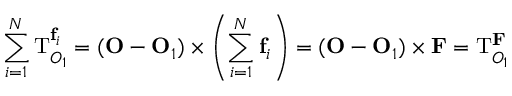
\sum _ { i = 1 } ^ { N } \mathbf { \mathrm { T } } _ { O _ { 1 } } ^ { \mathbf { f } _ { i } } = ( \mathbf { O } - \mathbf { O } _ { 1 } ) \times \left( \sum _ { i = 1 } ^ { N } \mathbf { f } _ { i } \right) = ( \mathbf { O } - \mathbf { O } _ { 1 } ) \times \mathbf { F } = \mathbf { \mathrm { T } } _ { O _ { 1 } } ^ { \mathbf { F } }